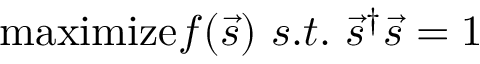
\mathrm { m a x i m i z e } f ( \vec { s } ) \ s . t . \ \vec { s } ^ { \dagger } \vec { s } = 1